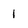
Character: 1